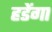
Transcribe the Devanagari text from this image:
हडेंगा